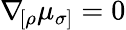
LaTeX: \nabla\! _{[\rho}\mu_{\sigma]}=0